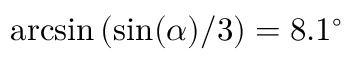
\arcsin { ( \sin ( \alpha ) / 3 ) } = 8 . 1 ^ { \circ }